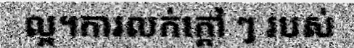
ល្អ។ការលក់ក្តៅ ៗ របស់